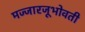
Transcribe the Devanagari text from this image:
मज्जारजूभोवती